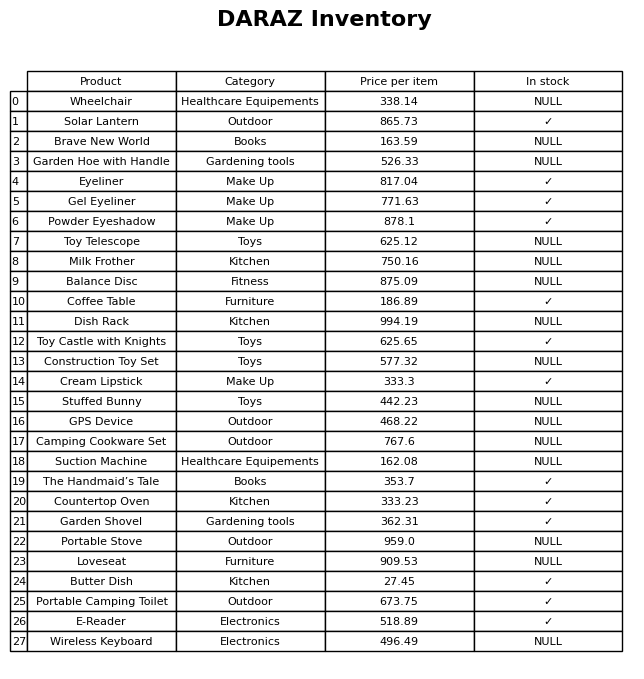
question: What is the price for E-Reader?
answer: The price of E-Reader is 518.89.